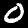
Digit: 0